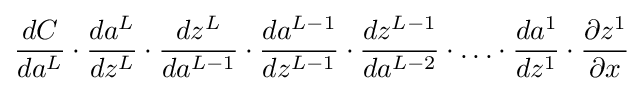
{\frac {dC}{da^{L}}}\cdot {\frac {da^{L}}{dz^{L}}}\cdot {\frac {dz^{L}}{da^{L-1}}}\cdot {\frac {da^{L-1}}{dz^{L-1}}}\cdot {\frac {dz^{L-1}}{da^{L-2}}}\cdot \ldots \cdot {\frac {da^{1}}{dz^{1}}}\cdot {\frac {\partial z^{1}}{\partial x}}